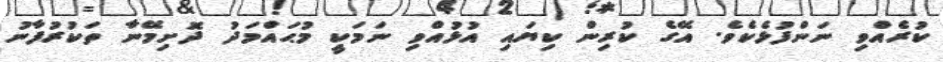
ކުރެއްވި ނަންފުޅެކެވެ. އޭގެ ކުރިން ކިޔައި އުޅުއްވި ނަމަކީ މުޙައްމަދު ދޮށިމޭނާ ތަކުރުފާނު